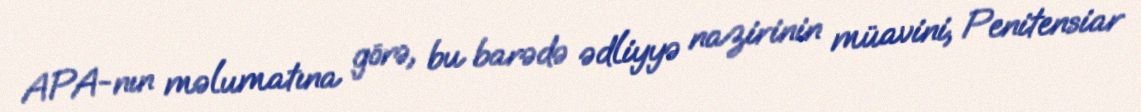
APA-nın məlumatına görə, bu barədə ədliyyə nazirinin müavini, Penitensiar